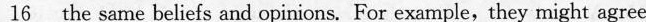
\underline{16} the same beliefs and opinions. For example, they might agree